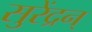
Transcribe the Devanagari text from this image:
सुरेंद्रन्